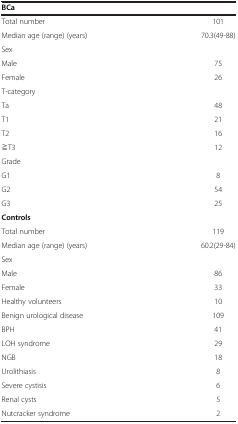
<table><thead><tr><td><b>BCa</b></td><td><b> </b></td></tr></thead><tbody><tr><td>Total number</td><td>101</td></tr><tr><td>Median age (range) (years)</td><td>70.3(49-88)</td></tr><tr><td>Sex</td><td> </td></tr><tr><td>Male</td><td>75</td></tr><tr><td>Female</td><td>26</td></tr><tr><td>T-category</td><td> </td></tr><tr><td>Ta</td><td>48</td></tr><tr><td>T1</td><td>21</td></tr><tr><td>T2</td><td>16</td></tr><tr><td>≧T3</td><td>12</td></tr><tr><td>Grade</td><td> </td></tr><tr><td>G1</td><td>8</td></tr><tr><td>G2</td><td>54</td></tr><tr><td>G3</td><td>25</td></tr><tr><td><b>Controls</b></td><td> </td></tr><tr><td>Total number</td><td>119</td></tr><tr><td>Median age (range) (years)</td><td>60.2(29-84)</td></tr><tr><td>Sex</td><td> </td></tr><tr><td>Male</td><td>86</td></tr><tr><td>Female</td><td>33</td></tr><tr><td>Healthy volunteers</td><td>10</td></tr><tr><td>Benign urological disease</td><td>109</td></tr><tr><td>BPH</td><td>41</td></tr><tr><td>LOH syndrome</td><td>29</td></tr><tr><td>NGB</td><td>18</td></tr><tr><td>Urolithiasis</td><td>8</td></tr><tr><td>Severe cystisis</td><td>6</td></tr><tr><td>Renal cysts</td><td>5</td></tr><tr><td>Nutcracker syndrome</td><td>2</td></tr></tbody></table>